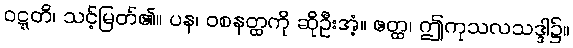
ဝဋ္ဋတိ၊ သင့်မြတ်၏။ ပန၊ ဝစနတ္ထကို ဆိုဦးအံ့။ ဧတ္ထ၊ ဤကုသလသဒ္ဒါ၌။